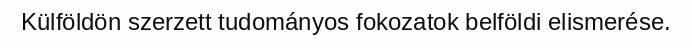
Külföldön szerzett tudományos fokozatok belföldi elismerése.